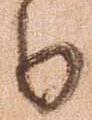
日